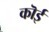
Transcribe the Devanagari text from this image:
कॊई